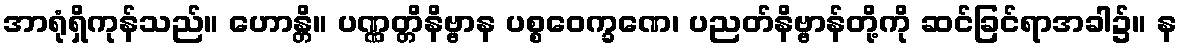
အာရုံရှိကုန်သည်။ ဟောန္တိ။ ပဏ္ဏတ္တိနိဗ္ဗာန ပစ္စဝေက္ခဏေ၊ ပညတ်နိဗ္ဗာန်တို့ကို ဆင်ခြင်ရာအခါ၌။ န